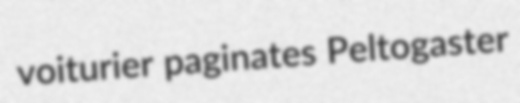
voiturier paginates Peltogaster